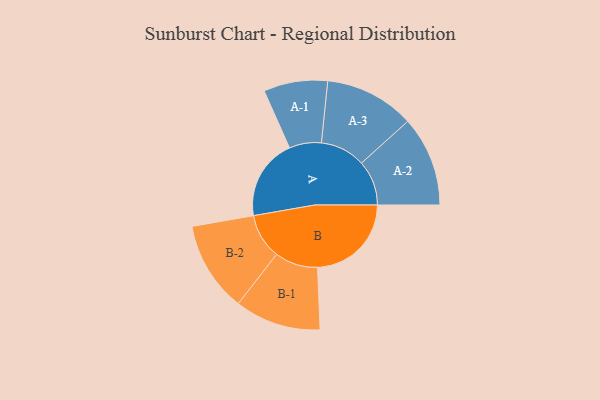
{"axis": {"x": "Segment", "y": "Value"}, "legend": ["", "A", "B"], "data": [{"x": "A", "y": 411, "type": ""}, {"x": "B", "y": 475, "type": ""}, {"x": "A-1", "y": 162, "type": "A"}, {"x": "A-2", "y": 228, "type": "A"}, {"x": "A-3", "y": 228, "type": "A"}, {"x": "B-1", "y": 218, "type": "B"}, {"x": "B-2", "y": 229, "type": "B"}]}